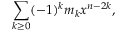
\sum _ { k \geq 0 } ( - 1 ) ^ { k } m _ { k } x ^ { n - 2 k } ,